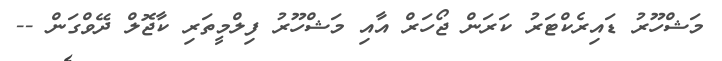
މަޝްހޫރު ޑައިރެކްޓަރު ކަރަން ޖޯހަރް އާއި މަޝްހޫރު ފިލްމީތަރި ކާޖޮލް ދޭވްގަން --